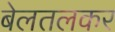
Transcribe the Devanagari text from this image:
बेलतलकर